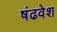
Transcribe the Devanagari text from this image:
षंढवेश